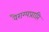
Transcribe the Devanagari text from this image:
वैराग्यप्राप्ति